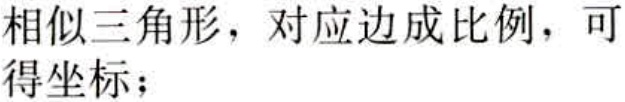
相似三角形，对应边成比例，可得坐标；